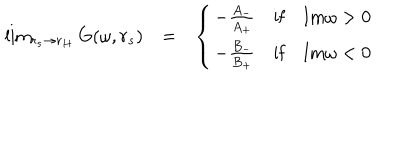
\begin{array} { l c l } { { \lim _ { r _ { s } \rightarrow r _ { H } } G ( \omega , r _ { s } ) } } & { { = } } & { { \left\{ \begin{array} { l c l } { { - \frac { A _ { - } } { A _ { + } } } } & { { \mathrm { i f } } } & { { \mathrm { I m } \omega > 0 } } \\ { { - \frac { B _ { - } } { B _ { + } } } } & { { \mathrm { i f } } } & { { \mathrm { I m } \omega < 0 } } \\ \end{array} \right. } } \\ \end{array}